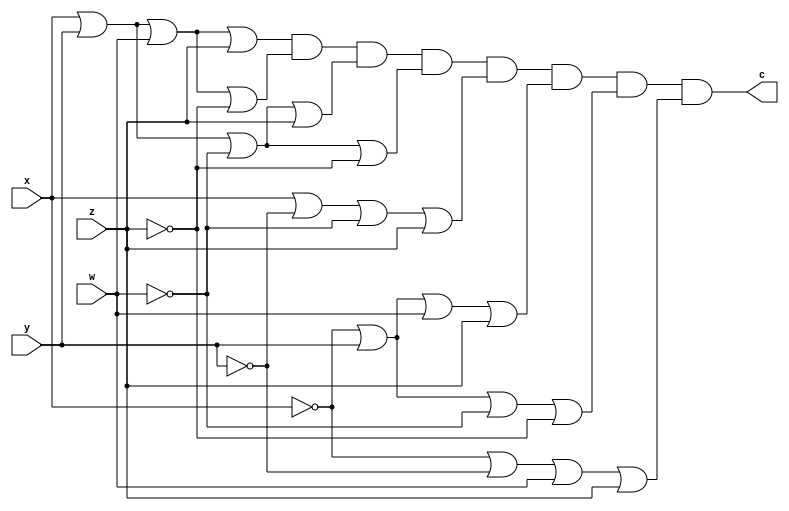

module C (output c, input x,y,w,z);

	assign c =  (x|y|w|z) & (x|y|w|~z) & (x|y|~w|z) & (x|y|~w|~z) & (x|~y|~w|z) & (~x|y|w|z) & (~x|y|~w|~z) & (~x|~y|w|z); 
  

endmodule



module D (output d, input x, y, w,z);

	assign d = (x|y|w|z) & (x|y|~w|z) & (x|~y|w|z) & (x|~y|~w|z) & (x|~y|~w|~z) & (~x|y|~w|z) & (~x|~y|w|~z);

endmodule

module E (output e, input x, y, w,z);

	assign e = (x|y|w|z) & (x|y|w|~z) & (x|y|~w|z) & (x|~y|w|z) & (x|~y|~w|~z) & (~x|y|~w|~z) & (~x|~y|~w|~z);

endmodule


module ValoresIniciais;

reg x, y, z, w;
wire c, d, e;

	C letraC (c, x, y, w, z);
	D letraD (d, x, y, w, z);
    E letraE (e, x, y, w, z);
    
initial
begin : start

	x = 1'bx;
	y = 1'bx;
	z = 1'bx;
	w = 1'bx;

end

initial
begin : main

	$display("Exemplo - Larissa Gomes - 65052");
	$display("Expressoes booleanas");
	
	$display(" x  y  w  z =  c   d   e");
    $monitor("%2b %2b %2b %2b = %2b  %2b  %2b", x, y, w, z, c, d, e);
		
	#1 x = 0; y = 0; w = 0; z = 0;
	#1 x = 0; y = 0; w = 0; z = 1;
	#1 x = 0; y = 0; w = 1; z = 0;
	#1 x = 0; y = 0; w = 1; z = 1;
    #1 x = 0; y = 1; w = 0; z = 0;
	#1 x = 0; y = 1; w = 0; z = 1;
	#1 x = 0; y = 1; w = 1; z = 0;
	#1 x = 0; y = 1; w = 1; z = 1;
	#1 x = 1; y = 0; w = 0; z = 0;
	#1 x = 1; y = 0; w = 0; z = 1;
	#1 x = 1; y = 0; w = 1; z = 0;
	#1 x = 1; y = 0; w = 1; z = 1;
	#1 x = 1; y = 1; w = 0; z = 0;
	#1 x = 1; y = 1; w = 0; z = 1;
	#1 x = 1; y = 1; w = 1; z = 0; 
	#1 x = 1; y = 1; w = 1; z = 1;
	
		

end
endmodule